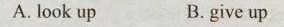
A. look up B. give up